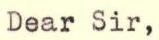
Dear Sir,